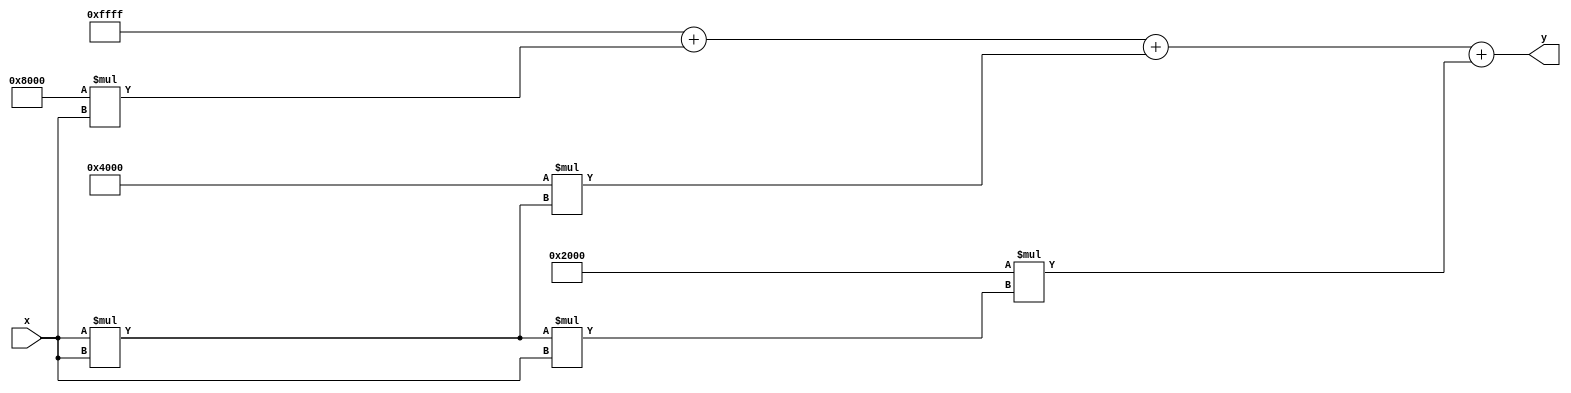
module poly_reciprocal (
    input wire [15:0] x,      // Input value (normalized, 0 < x < 1)
    output reg [15:0] y       // Output value (approximation of 1/x)
);

    // Polynomial coefficients for the approximation
    // Example coefficients for a 3rd degree polynomial: 1 + a1*x + a2*x^2 + a3*x^3
    parameter COEFF_0 = 16'hFFFF; // 1.0 in fixed-point representation
    parameter COEFF_1 = 16'h8000; // -0.5 in fixed-point representation
    parameter COEFF_2 = 16'h4000; // 0.25 in fixed-point representation
    parameter COEFF_3 = 16'h2000; // -0.125 in fixed-point representation

    // Internal signals
    reg [31:0] x_squared;
    reg [31:0] x_cubed;
    reg [31:0] poly_eval;

    always @(*) begin
        // Normalize input (if necessary)
        // Here we assume x is already normalized in the range (0, 1)

        // Compute x^2 and x^3
        x_squared = x * x; // x^2
        x_cubed = x_squared * x; // x^3

        // Evaluate polynomial using Horner's method
        poly_eval = COEFF_0 + (COEFF_1 * x) + (COEFF_2 * x_squared) + (COEFF_3 * x_cubed);

        // Output the result (ensure to fit the output width)
        y = poly_eval[15:0]; // Truncate to 16 bits
    end

endmodule